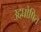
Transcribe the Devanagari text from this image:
उद्दघोषित